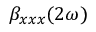
\beta _ { x x x } ( 2 \omega )